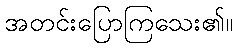
အတင်းပြောကြသေး၏။